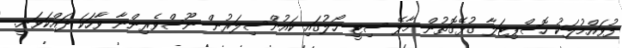
ފުވައްމުލަކު ހޮސްޕިޓަލާ ގުޅޭގޮތުން މާލޭ ސިޓީ ހޯލުގައި ކައުންސިލަރުން ނޫސްވެރިންނާ ވާހަކަ ދައްކަވަނީ.